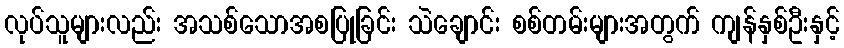
လုပ်သူများလည်း အသစ်သောအစပြုခြင်း သဲချောင်း စစ်တမ်းများအတွက် ကျန်နှစ်ဦးနှင့်